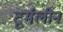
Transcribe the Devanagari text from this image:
टूर्मलीन